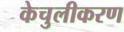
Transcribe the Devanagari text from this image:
केचुलीकरण